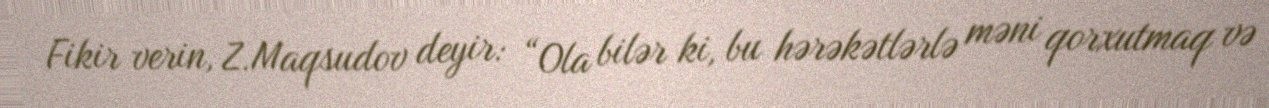
Fikir verin, Z.Maqsudov deyir: “Ola bilər ki, bu hərəkətlərlə məni qorxutmaq və